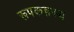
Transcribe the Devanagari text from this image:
रूपकहस्य